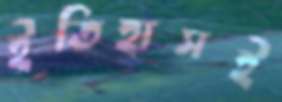
ইতিহাসই